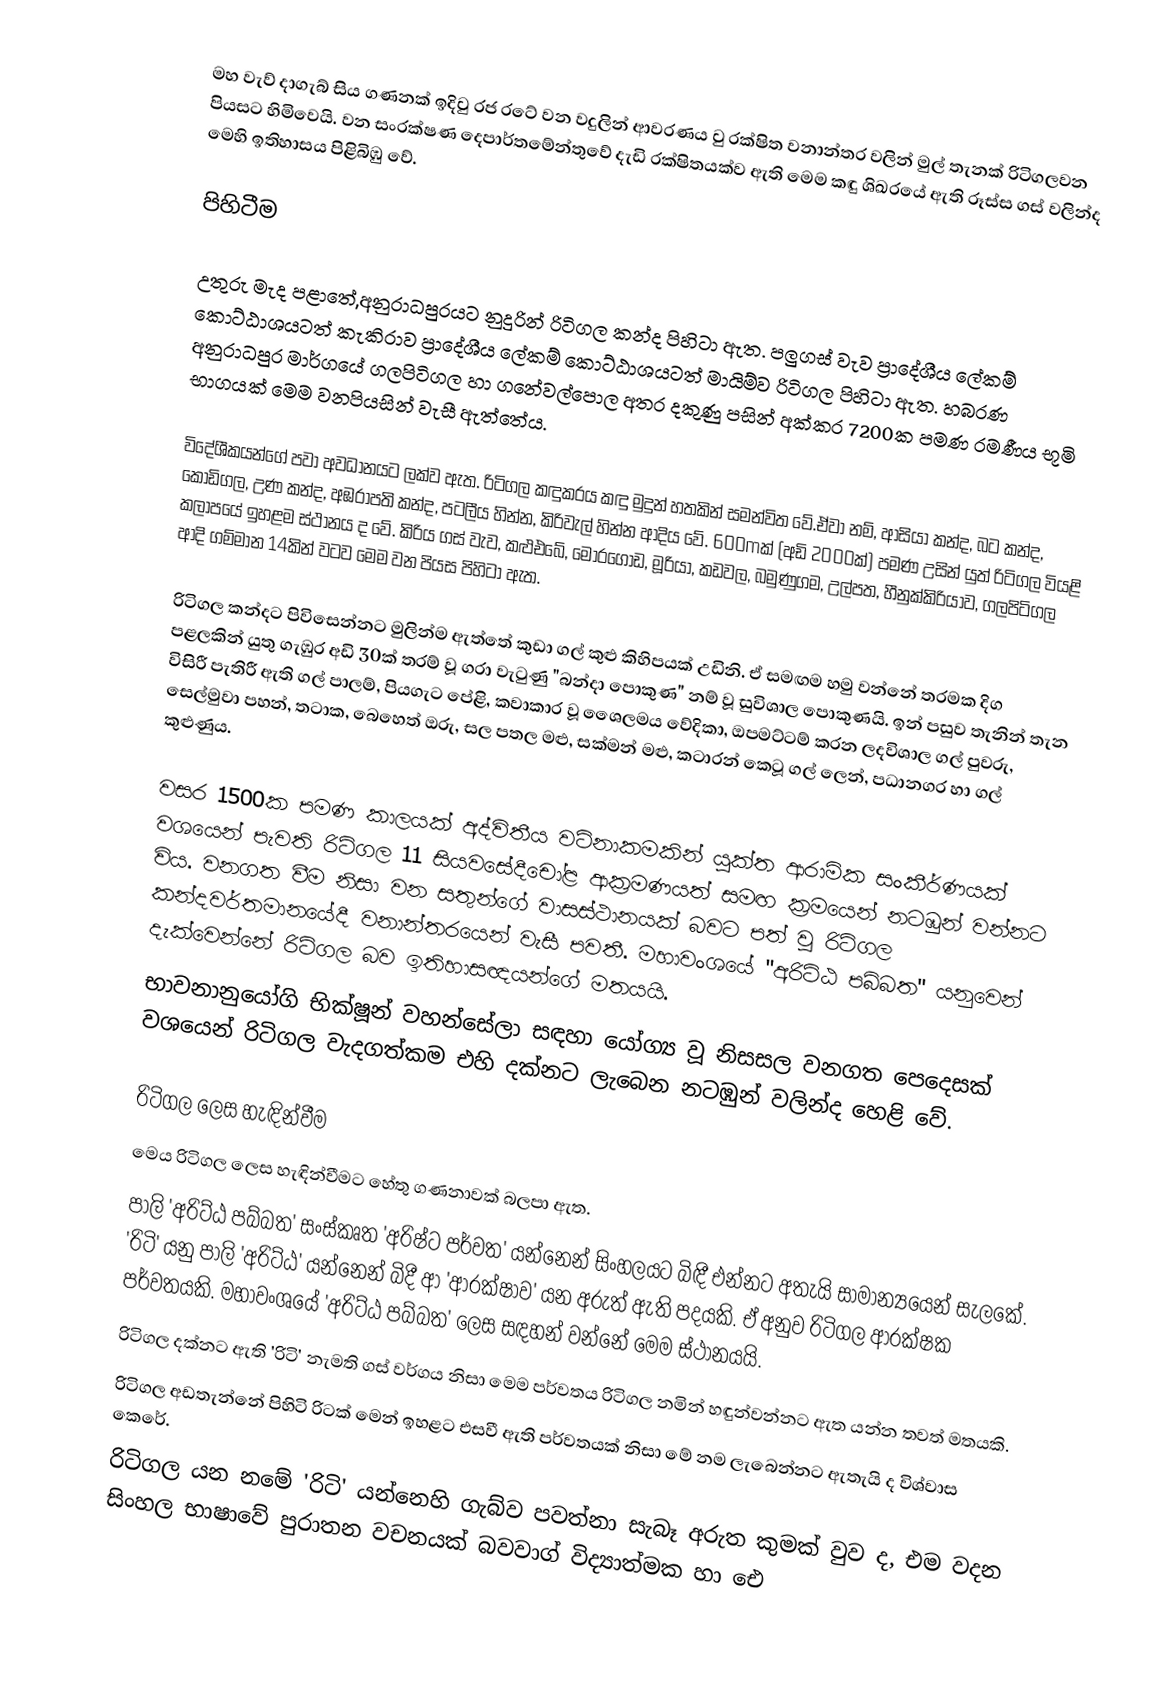
මහ වැව් දාගැබ් සිය ගණනක් ඉදිවු රජ ර‍‍‍‍ටේ වන වදුලින් ආවරණය වු රක්ෂිත වනාන්තර වලින් මුල් තැනක් රිටිගලවන පියසට හිමි‍‍‍‍‍වෙයි.‍‍‍‍‍‍ වන සංරක්ෂණ දෙපාර්තමේන්තුවේ දැඩි රක්ෂිතයක්ව ඇති මෙම කඳු ශිඛරයේ ඇති රූස්ස ගස් වලින්ද මෙහි ඉතිහාසය පිළිබිඹු වේ.

පිහිටීම

උතුරු මැද පළාතේ,අනුරාධපුරයට  නුදුරින් රිටිගල කන්ද පිහිටා ඇත. පලුගස් වැව ප්‍රාදේශීය ලේකම් කොට්ඨාශයටත් කැකිරාව ප්‍රාදේශීය ලේකම් කොට්ඨාශයටත් මායිම්ව රිටිගල පිහිටා ඇත. හබරණ අනුරාධපුර මාර්ගයේ ගලපිටිගල හා ගනේවල්පොල අතර දකුණු පසින් අක්කර 7200ක පමණ රමණීය භූමි භාගයක් මෙම වනපියසින් වැසී ඇත්තේය.

විදේශීකයන්ගේ පවා අවධානයට ලක්ව ඇත. රිටිගල කඳුකරය කඳු මුදුන් හතකින් සමන්විත වේ.ඒවා නම්, ආසියා කන්ද, බට කන්ද, කොඩිගල, උණ කන්ද, අඹරාපති කන්ද, පටලීය හින්න, කිරිවැල් හින්න ආදිය වේ. 600mක් (අඩි 2000ක්) පමණ උසින් යුත් රිටිගල වියළි කලාපයේ ඉහළම ස්ථානය ද වේ. කිරිය ගස් වැව, කළුඑබේ, මොරගොඩ, මූරියා, කඩවල, බමුණුගම, උල්පත, හීනුක්කිරියාව, ගලපිටිගල ආදි ගම්මාන 14කින් වටව මෙම වන පියස පිහිටා ඇත.

රිටිගල කන්දට පිවිසෙන්නට මුලින්ම ඇත්තේ කුඩා ගල් කුළු කිහිපයක් උඩිනි. ඒ සමඟම හමු වන්නේ තරමක දිග පළලකින් යුතු ගැඹුර අඩි 30ක් තරම් වූ ගරා වැටුණු "බන්දා පොකුණ" නම් වූ සුවිශාල පොකුණයි. ඉන් පසුව තැනින් තැන විසිරී පැතිරී ඇති ගල් පාලම්, පියගැට පේළි, කවාකාර වූ ‍ශෛලමය වේදිකා, ඔපමට්ටම් කරන ලදවිශාල ගල් පුවරු, සෙල්මුවා පහන්, තටාක, බෙහෙත් ඔරු, සල පතල මළු, සක්මන් මළු, කටාරන් කෙටූ ගල් ලෙන්, පධානගර හා ගල් කුළුණුය.

වසර 1500ක පමණ කාලයක් අද්විතීය වටිනාකමකින් යුක්ත ආරාමික සංකීර්ණයක් වශයෙන් පැවති රිටිගල 11 සියවසේදීචෝළ ආක්‍රමණයත් සමඟ ක්‍රමයෙන් නටඹුන් වන්නට විය. වනගත වීම නිසා වන සතුන්ගේ වාසස්ථානයක් බවට පත් වූ රිටිගල කන්දවර්තමානයේදී වනාන්තරයෙන් වැසී පවතී. මහාවංශයේ "අරිට්ඨ පබ්බත" යනුවෙන් දැක්වෙන්නේ රිටිගල බව ඉතිහාසඥයන්ගේ මතයයි.
භාවනානුයෝගි භික්ෂූන් වහන්සේලා සඳහා යෝග‍්‍ය වූ නිසසල වනගත පෙදෙසක් වශයෙන් රිටිගල වැදගත්කම එහි දක්නට ලැබෙන නටඹුන් වලින්ද හෙළි වේ.

රිටිගල ලෙස හැඳින්වීම
මෙය රිටිගල ලෙස හැඳින්වීමට හේතු ගණනාවක් බලපා ඇත.
පාලි 'අරිට්ඨ පබ්බත' සංස්කෘත 'අරිෂ්ට පර්වත' යන්නෙන් සිංහලයට බිඳී එන්නට අතැයි සාමාන්‍ය‍යෙන් සැලකේ. 'රිටි' යනු පාලි 'අරිට්ඨ' යන්නෙන් බිදී ආ 'ආරක්ෂාව' යන අරුත් ඇති පදයකි. ඒ අනුව රිටිගල ආරක්ෂක පර්වතයකි. මහාවංශයේ 'අරිට්ඨ පබ්බත' ලෙස සඳහන් වන්නේ ‍මෙම ස්ථානයයි.
රිටිගල දක්නට ඇති 'රිටි' නැමති ගස් වර්ගය නිසා මෙම පර්වතය රිටිගල නමින් හඳුන්වන්නට ඇත යන්න තවත් මතයකි.
රිටිගල අඩතැන්නේ පිහිටි රිටක් මෙන් ඉහළට එසවී ඇති පර්වතයක් නිසා මේ නම ලැබෙන්නට ඇතැයි ද විශ්වාස කෙරේ.
රිටිගල යන නමේ 'රිටි' යන්නෙහි ගැබ්ව පවත්නා සැබෑ අරුත කුමක් වුව ද, එම වදන සිංහල භාෂාවේ පුරාතන වචනයක් බවවාග් විද්‍යාත්මක හා ඓ